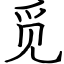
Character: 觅